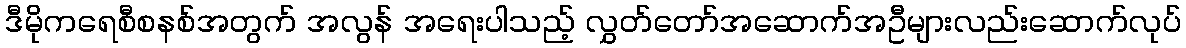
ဒီမိုကရေစီစနစ်အတွက် အလွန် အရေးပါသည့် လွှတ်တော်အဆောက်အဦများလည်းဆောက်လုပ်